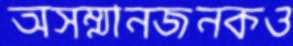
অসম্মানজনকও